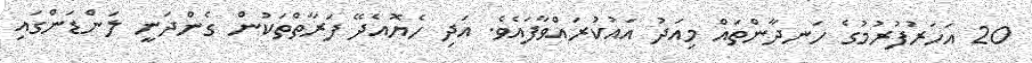
20 އަހަރުފުރުމުގެ ހަނދާންތައް މިއަދު އައުކުރައްވާފައެވެ. އަދި ހެޔޮއެދޭ ފަރާތްތަކުން ގެންދަނީ ލަންޑަންގައި